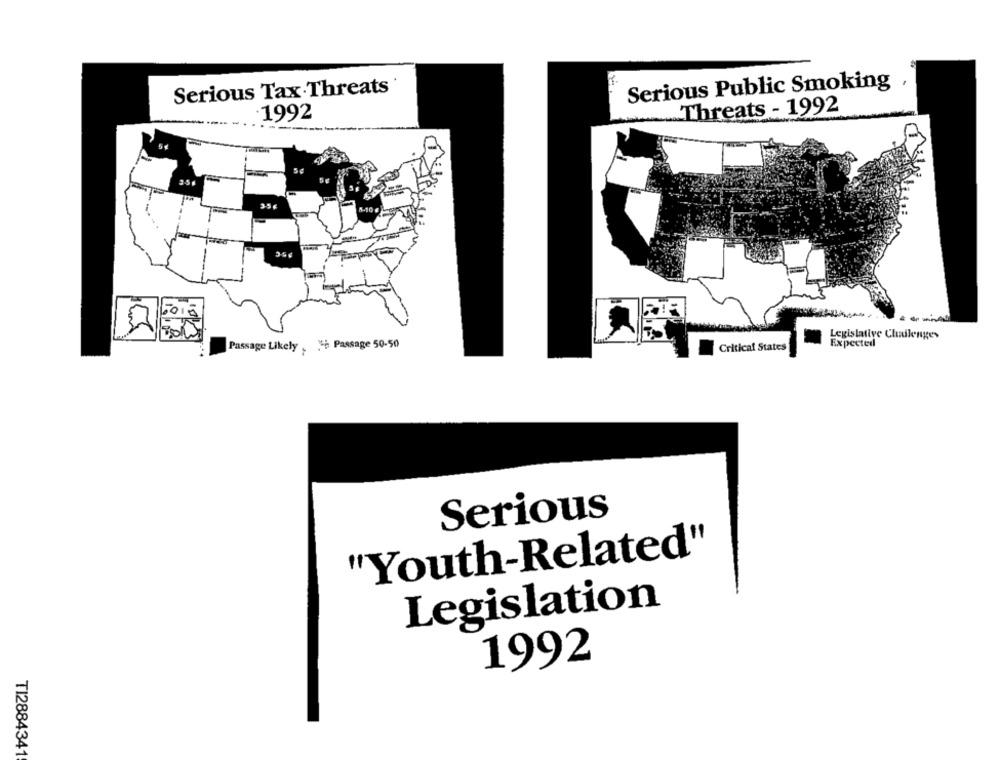
Serious Tax Threats
Serious Public Smoking
.1992
Threats - 1992
3.5.
Legislative Challenges
Expected
Passage Likely . Passage 50-50
Critical States
Serious
"Youth-Related"
Legislation
1992
TI2884341